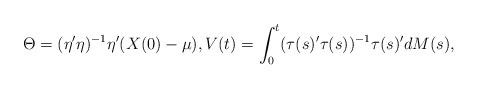
LaTeX: \begin{align*}\Theta = (\eta^\prime\eta)^{-1}\eta^\prime(X(0)-\mu),V(t) = \int_0^t(\tau(s)^\prime\tau(s))^{-1}\tau(s)^\prime dM(s), \end{align*}